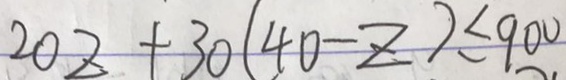
2 0 z + 3 0 ( 4 0 - z ) \leq 9 0 0